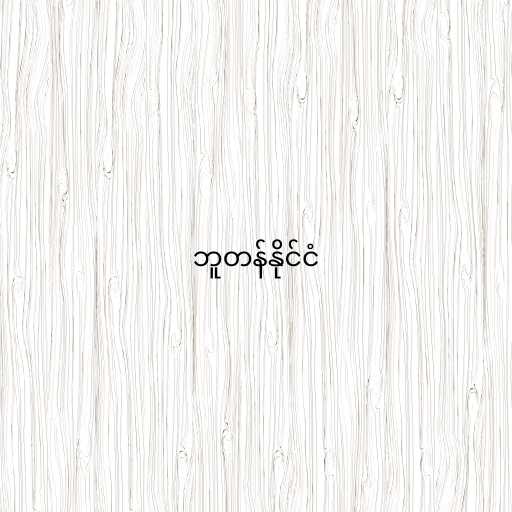
ဘူတန်နိုင်ငံ